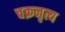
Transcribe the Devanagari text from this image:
चक्रनृत्य